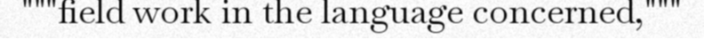
"""field work in the language concerned,"""